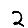
Digit: 2